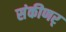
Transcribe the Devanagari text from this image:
संकीणर्